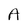
Character: A